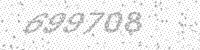
Solution: 699708